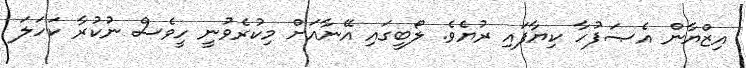
އިޒްޔާން އެޞަފުހާ ކިޔާފައި ރުޔެވެ. ލޯބީގައި އޭނާއަށް މިކުރެވުނީ ހީވެސް ނުކުރާ ކަހަލަ